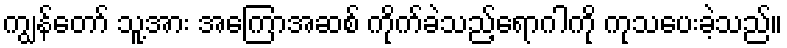
ကျွန်တော် သူ့အား အကြောအဆစ် ကိုက်ခဲသည့်ရောဂါကို ကုသပေးခဲ့သည်။